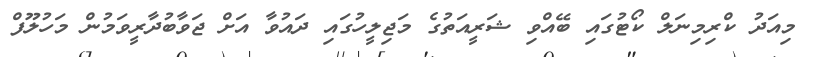
މިއަދު ކްރިމިނަލް ކޯޓުގައި ބޭއްވި ޝަރީއަތުގެ މަޖިލީހުގައި ދައުވާ އަށް ޖަވާބުދާރީވަމުން މަހުލޫފް